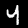
Digit: 4